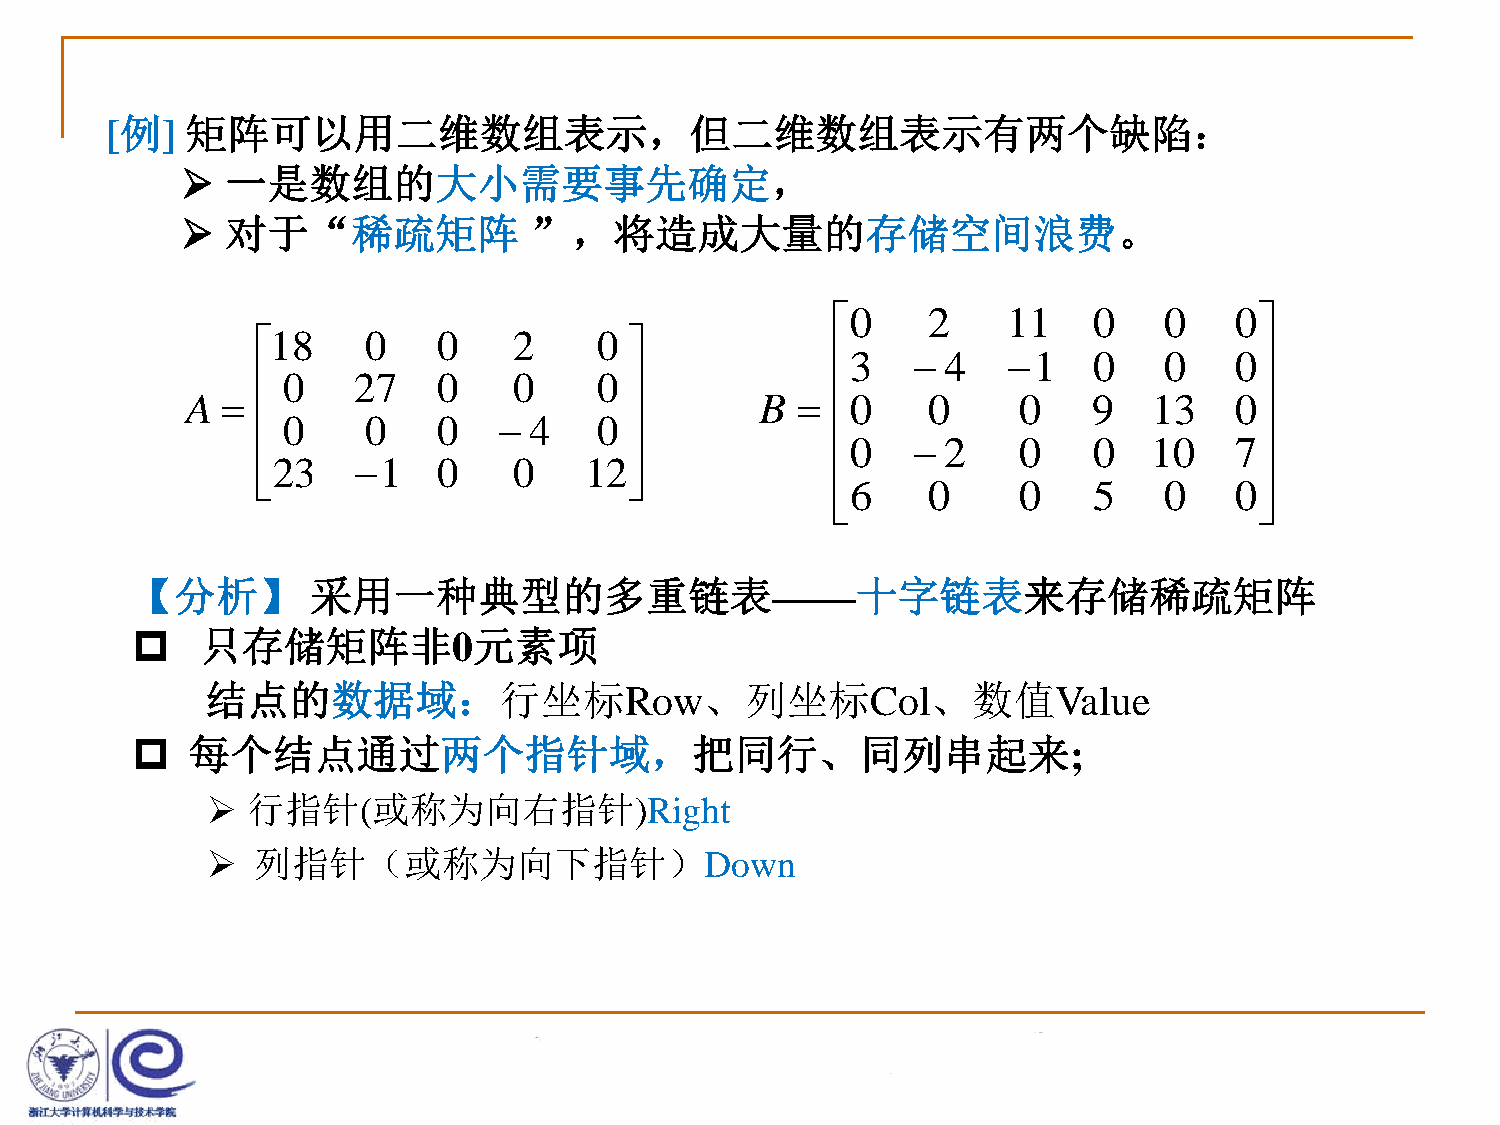
[例]  矩阵可以用二维数组表示，但二维数组表示有两个缺陷：
   一是数组的大小需要事先确定，
   对于“稀疏矩阵             ”，将造成大量的存储空间浪费。
 0    2     11   0    0    0
 18    0    0    2     0 
 3     4   1   0    0    0
  0   27    0    0     0 
 A                                    B   0    0     0    9   13    0
  0    0    0    4    0 
 0     2   0    0   10    7
 23   1    0    0    12
                                     6    0     0    5    0    0
                            
 【分析】        采用一种典型的多重链表——十字链表来存储稀疏矩阵
    只存储矩阵非0元素项
 结点的数据域：行坐标Row、列坐标Col、数值Value
   每个结点通过两个指针域，把同行、同列串起来;
  行指针(或称为向右指针)Right
   列指针（或称为向下指针）Down